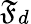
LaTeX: \mathfrak{F}_{d}